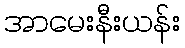
အာမေးနီးယန်း